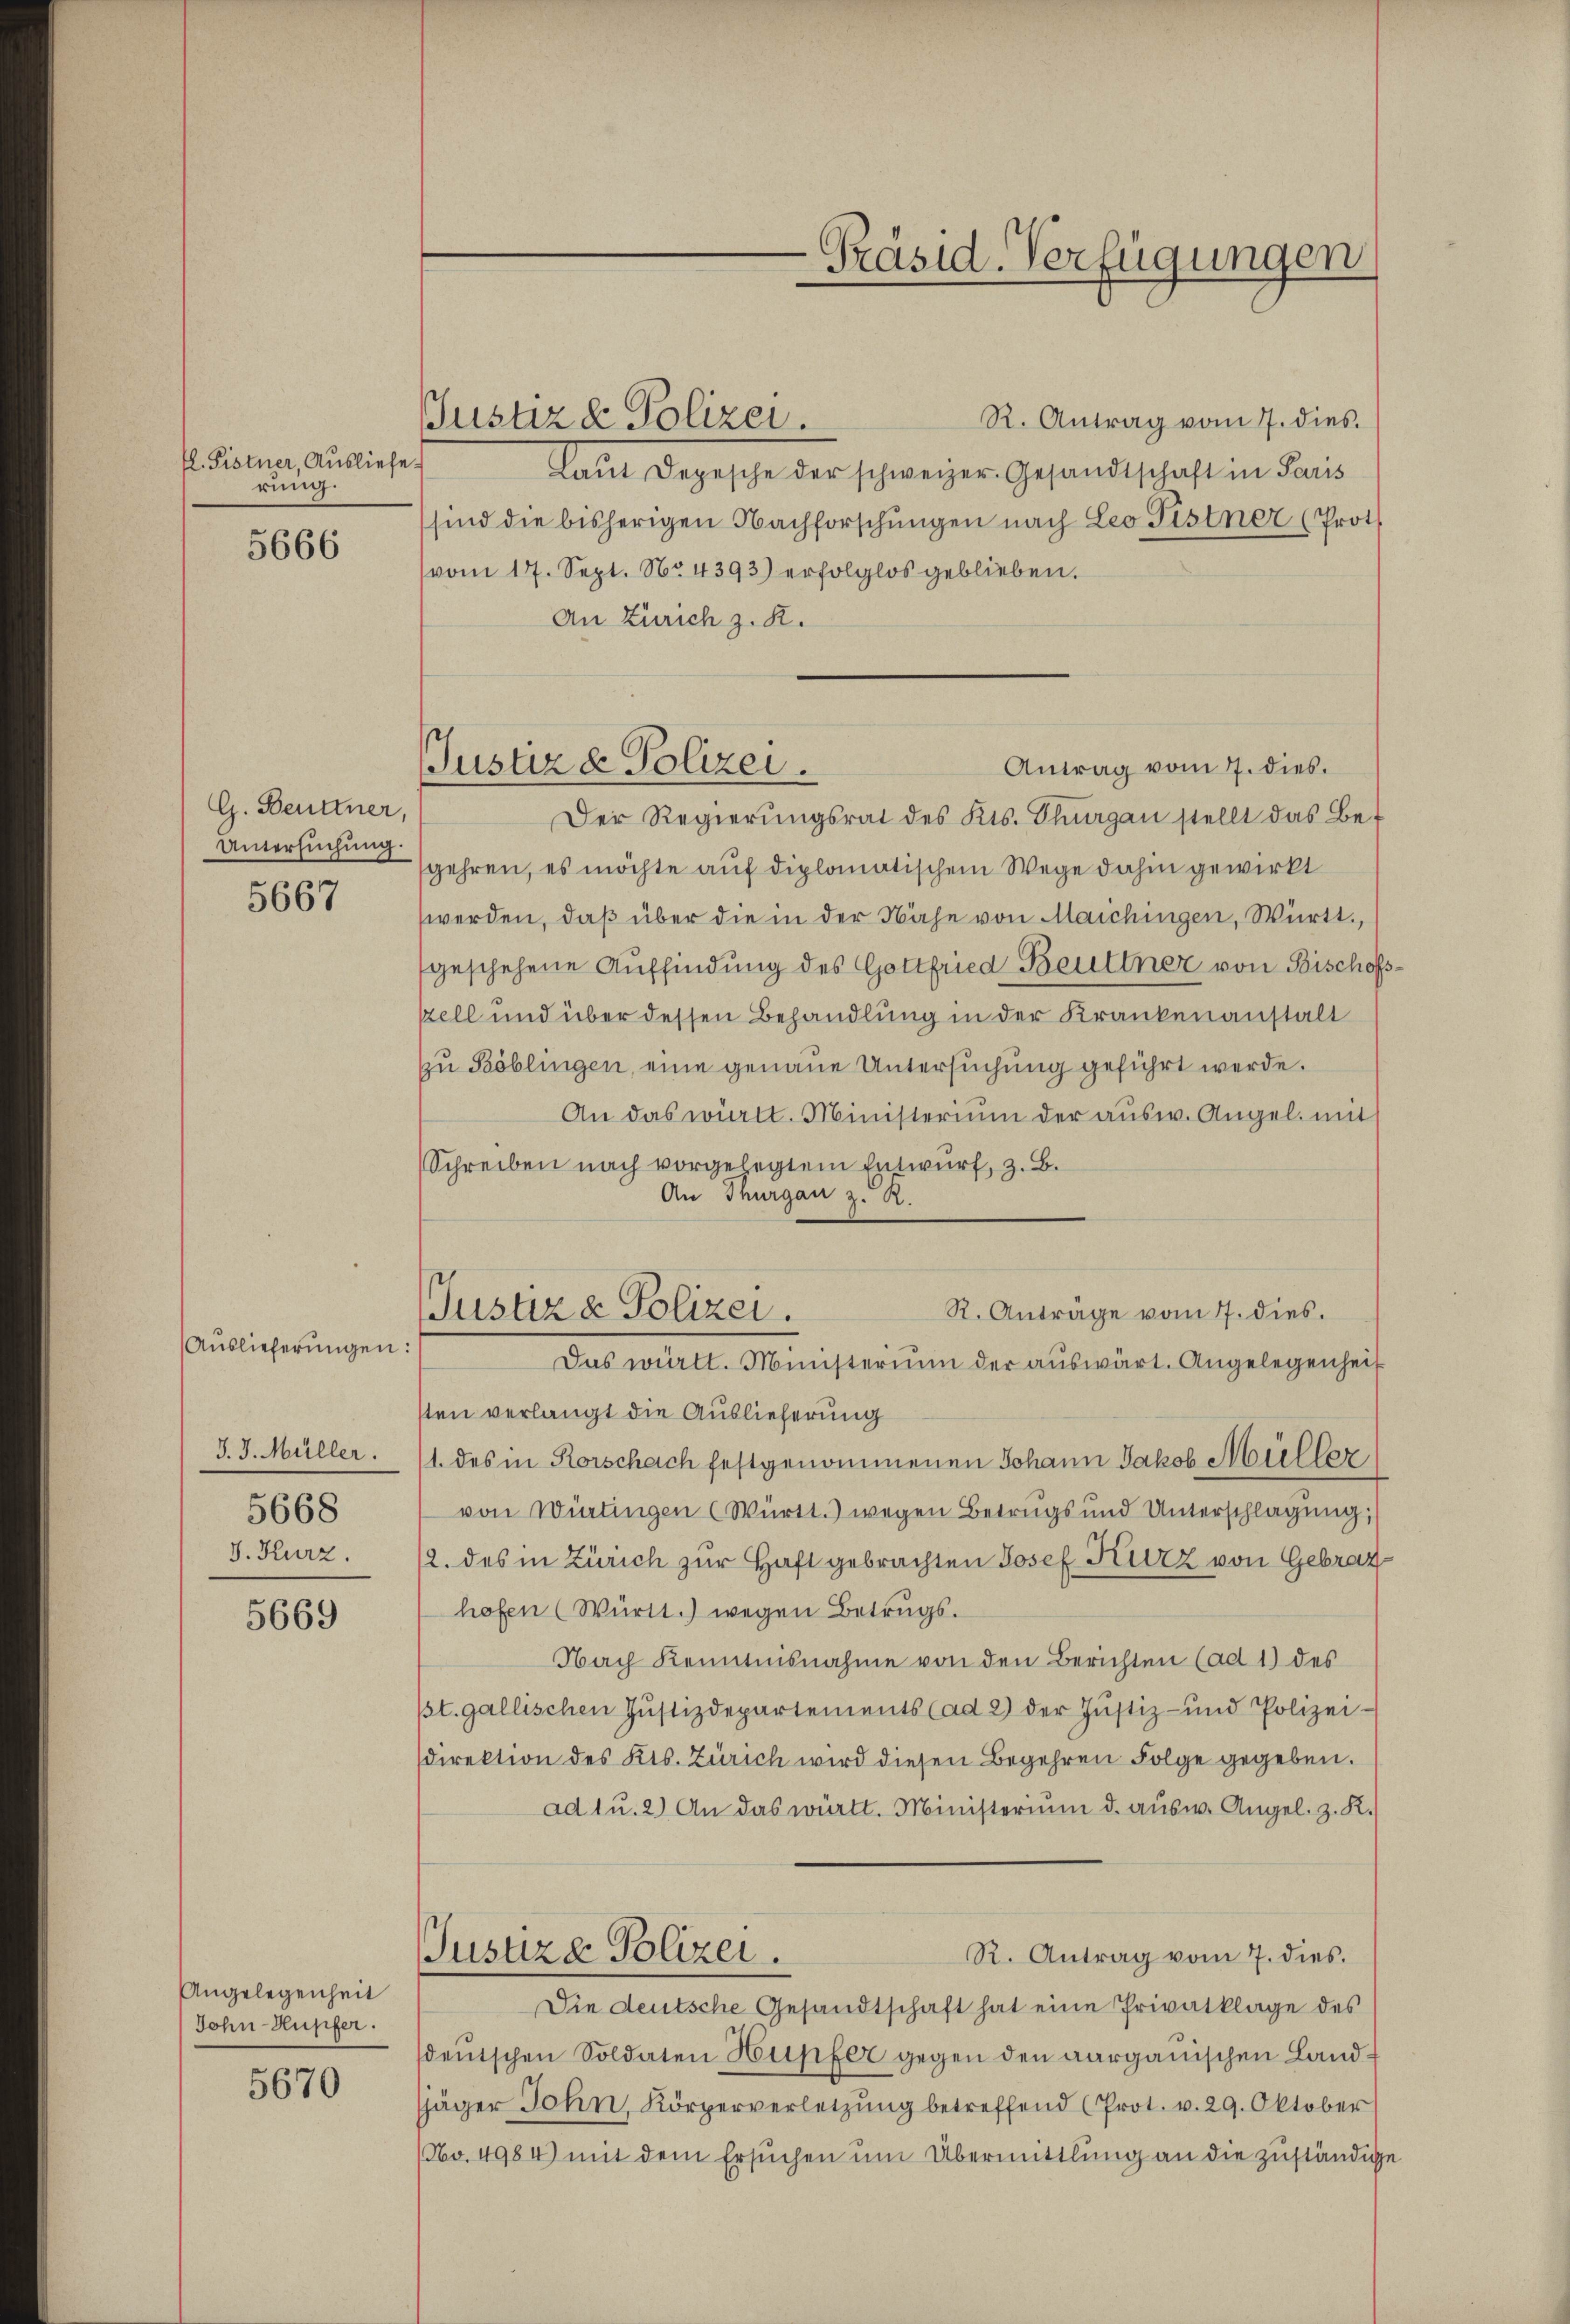
5666

G. Beuttner,
Untersuchung.

5667

5669

Angelegenheit
John-Hupfer.

5670

fl. Fistner, Ausliefe.
rung.

Auslieferungen:
J. J. Müller.
5668
J. Kurz.

Justiz & Polizei.

Justiz & Polizei.

Präsid-Verfügungen

R. Antrag vom 7. dies
Laŭt Depesche der schweizer. Gesandtschaft in Paris
sind die bisherigen Nachforschungen nach Leo Fistner (Prot
(vom 17. Sept. No. 4393) erfolglos geblieben.
An Zürich z. R.
Antrag vom 7. dies.
Der Regierŭngsrat des Kts. Thurgau stellt das Be-
gehren, es möchte auf diplomatischem Wege dahin gewirkt
werden, daß über die in der Nähe von Maichingen, Württ.
geschehene Auffindung des Gottfried Beuttner von Bischof
szell und über dessen Behandlung in der Krankenanstalt
zu Köblingen, eine genaue Untersuchung geführt werde.
An das württ. Ministerium der aŭsw. Angel. mit
Schreiben nach vorgelegtem Entwurf, z. B.
An Thurgau z. R.
R. Anträge vom 7. dies.
Justiz & Polizei.
Das württ. Ministerium der auswärt. Angelegenheit
sten verlangt die Auslieferung
1. des in Rorschach festgenommenen Johann Jakob Müller
von Würtingen (Württ.) wegen Betrugs und Unterschlagung,
12. des in Zürich zur Haft gebrachten Josef Kurz von Gebraz
hofen (Württ.) wegen Betrugs.
Nach Kenntnisnahme von den Berichten (ad 1) des
/st. gallischen Jŭstizdepartements (ad 2) der Jŭstiz- und Polizei-
direktion des Kts. Zürich wird diesen Begehren Folge gegeben.
ad u. 2) An das württ. Ministerium d. aŭsw. Angel. z. R.)
Jusuze Polizei.
R. Antrag vom 7. dies.
Die deutsche Gesandtschaft hat eine Privatklage des
sdeutschen Soldaten Hupfer gegen den aargauischen Landsjäger John, Körperverletzung betreffend (Prot. v. 29. Oktober
(No. 4984) mit dem Ersuchen um Übermittlung an die zuständige